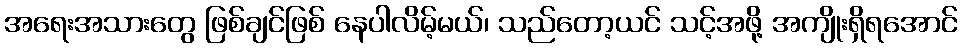
အရေးအသားတွေ ဖြစ်ချင်ဖြစ် နေပါလိမ့်မယ်၊ သည်တော့ယင် သင့်အဖို့ အကျိုးရှိရအောင်